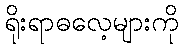
ရိုးရာဓလေ့များကို